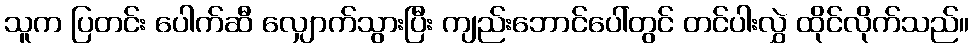
သူက ပြတင်း ပေါက်ဆီ လျှောက်သွားပြီး ကျည်းဘောင်ပေါ်တွင် တင်ပါးလွှဲ ထိုင်လိုက်သည်။